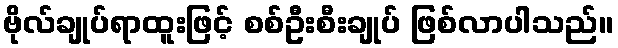
ဗိုလ်ချုပ်ရာထူးဖြင့် စစ်ဦးစီးချုပ် ဖြစ်လာပါသည်။